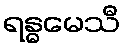
ရန္ဓမေသီ